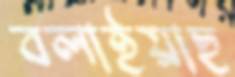
বলাইয়াছ